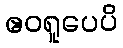
ဧဝရူပေပိ